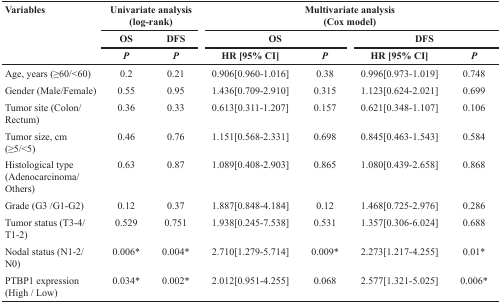
<table><thead><tr><td rowspan="3"><b>Variables</b></td><td colspan="2"><b>Univariate analysis(log-rank)</b></td><td colspan="4"><b>Multivariate analysis(Cox model)</b></td></tr><tr><td><b>OS</b></td><td><b>DFS</b></td><td colspan="2"><b>OS</b></td><td colspan="2"><b>DFS</b></td></tr><tr><td><b><i>P</i></b></td><td><b><i>P</i></b></td><td><b>HR [95% CI]</b></td><td><b><i>P</i></b></td><td><b>HR [95% CI]</b></td><td><b><i>P</i></b></td></tr></thead><tbody><tr><td>Age, years (≥60/&lt;60)</td><td>0.2</td><td>0.21</td><td>0.906[0.960-1.016]</td><td>0.38</td><td>0.996[0.973-1.019]</td><td>0.748</td></tr><tr><td>Gender (Male/Female)</td><td>0.55</td><td>0.95</td><td>1.436[0.709-2.910]</td><td>0.315</td><td>1.123[0.624-2.021]</td><td>0.699</td></tr><tr><td>Tumor site (Colon/Rectum)</td><td>0.36</td><td>0.33</td><td>0.613[0.311-1.207]</td><td>0.157</td><td>0.621[0.348-1.107]</td><td>0.106</td></tr><tr><td>Tumor size, cm (≥5/&lt;5)</td><td>0.46</td><td>0.76</td><td>1.151[0.568-2.331]</td><td>0.698</td><td>0.845[0.463-1.543]</td><td>0.584</td></tr><tr><td>Histological type (Adenocarcinoma/Others)</td><td>0.63</td><td>0.87</td><td>1.089[0.408-2.903]</td><td>0.865</td><td>1.080[0.439-2.658]</td><td>0.868</td></tr><tr><td>Grade (G3 /G1-G2)</td><td>0.12</td><td>0.37</td><td>1.887[0.848-4.184]</td><td>0.12</td><td>1.468[0.725-2.976]</td><td>0.286</td></tr><tr><td>Tumor status (T3-4/ T1-2)</td><td>0.529</td><td>0.751</td><td>1.938[0.245-7.538]</td><td>0.531</td><td>1.357[0.306-6.024]</td><td>0.688</td></tr><tr><td>Nodal status (N1-2/ N0)</td><td>0.006*</td><td>0.004*</td><td>2.710[1.279-5.714]</td><td>0.009*</td><td>2.273[1.217-4.255]</td><td>0.01*</td></tr><tr><td>PTBP1 expression (High / Low)</td><td>0.034*</td><td>0.002*</td><td>2.012[0.951-4.255]</td><td>0.068</td><td>2.577[1.321-5.025]</td><td>0.006*</td></tr></tbody></table>